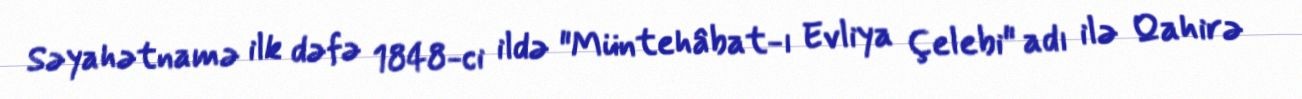
Səyahətnamə ilk dəfə 1848-ci ildə "Müntehâbat-ı Evliya Çelebi" adı ilə Qahirə